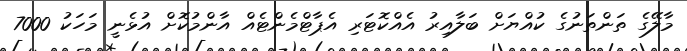
މާލޭގެ ތަންތަނުގެ ކުއްޔަށް ބަލާއިރު އެއްކޮޓަރި އެޕާޓްމެންޓެއް އާންމުކޮށް އުޅެނީ މަހަކު 7000